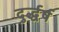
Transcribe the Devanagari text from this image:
दुर्द्धर्ष